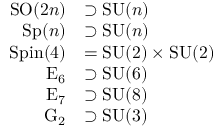
{ \begin{array} { r l } { \operatorname { S O } ( 2 n ) } & { \supset \operatorname { S U } ( n ) } \\ { \operatorname { S p } ( n ) } & { \supset \operatorname { S U } ( n ) } \\ { \operatorname { S p i n } ( 4 ) } & { = \operatorname { S U } ( 2 ) \times \operatorname { S U } ( 2 ) } \\ { \operatorname { E } _ { 6 } } & { \supset \operatorname { S U } ( 6 ) } \\ { \operatorname { E } _ { 7 } } & { \supset \operatorname { S U } ( 8 ) } \\ { \operatorname { G } _ { 2 } } & { \supset \operatorname { S U } ( 3 ) } \end{array} }